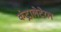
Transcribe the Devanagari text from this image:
कंट्रालेटेरल